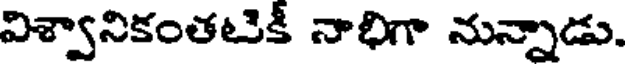
విశ్వానికంతటికీ నాభిగా నున్నాడు.